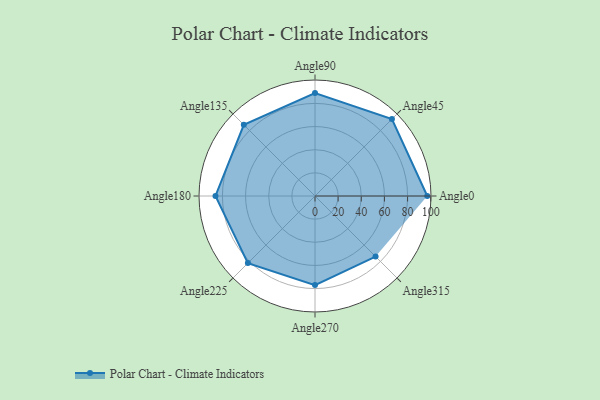
{"axis": {"x": "Angle", "y": "Radius"}, "legend": [""], "data": [{"x": "Angle0", "y": 97.0, "type": ""}, {"x": "Angle45", "y": 94.0, "type": ""}, {"x": "Angle90", "y": 89.0, "type": ""}, {"x": "Angle135", "y": 87.0, "type": ""}, {"x": "Angle180", "y": 86.0, "type": ""}, {"x": "Angle225", "y": 82.0, "type": ""}, {"x": "Angle270", "y": 77.0, "type": ""}, {"x": "Angle315", "y": 74.0, "type": ""}]}